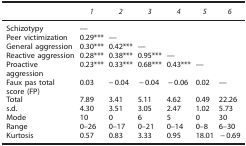
<table><thead><tr><td><b> </b></td><td><b><i>1</i></b></td><td><b><i>2</i></b></td><td><b><i>3</i></b></td><td><b><i>4</i></b></td><td><b><i>5</i></b></td><td><b><i>6</i></b></td></tr></thead><tbody><tr><td>Schizotypy</td><td>—</td><td> </td><td> </td><td> </td><td> </td><td> </td></tr><tr><td>Peer victimization</td><td>0.29***</td><td>—</td><td> </td><td> </td><td> </td><td> </td></tr><tr><td>General aggression</td><td>0.30***</td><td>0.42***</td><td>—</td><td> </td><td> </td><td> </td></tr><tr><td>Reactive aggression</td><td>0.28***</td><td>0.38***</td><td>0.95***</td><td>—</td><td> </td><td> </td></tr><tr><td>Proactive aggression</td><td>0.23***</td><td>0.33***</td><td>0.68***</td><td>0.43***</td><td>—</td><td> </td></tr><tr><td>Faux pas total score (FP)</td><td>0.03</td><td>−0.04</td><td>−0.04</td><td>−0.06</td><td>0.02</td><td>—</td></tr><tr><td>Total</td><td>7.89</td><td>3.41</td><td>5.11</td><td>4.62</td><td>0.49</td><td>22.26</td></tr><tr><td>s.d.</td><td>4.30</td><td>3.51</td><td>3.05</td><td>2.47</td><td>1.02</td><td>5.73</td></tr><tr><td>Mode</td><td>10</td><td>0</td><td>6</td><td>5</td><td>0</td><td>30</td></tr><tr><td>Range</td><td>0–26</td><td>0–17</td><td>0–21</td><td>0–14</td><td>0–8</td><td>6–30</td></tr><tr><td>Kurtosis</td><td>0.57</td><td>0.83</td><td>3.33</td><td>0.95</td><td>18.01</td><td>−0.69</td></tr></tbody></table>